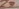
Text: Z3